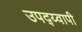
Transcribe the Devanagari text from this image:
उपद्य्वापी